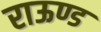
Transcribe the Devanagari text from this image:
राऊण्ड